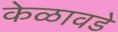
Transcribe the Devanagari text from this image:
केळावडे